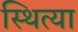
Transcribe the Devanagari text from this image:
स्थित्या